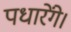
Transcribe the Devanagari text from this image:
पधारेंगे।